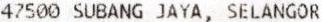
47500 SUBANG JAYA, SELANGOR